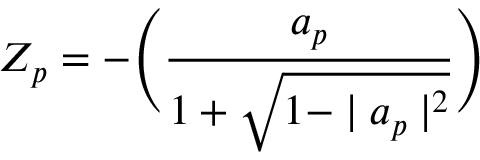
Z _ { p } = - \Biggl ( \frac { a _ { p } } { 1 + \sqrt { 1 - \mid a _ { p } \mid ^ { 2 } } } \Biggr )